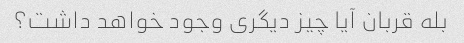
بله قربان آیا چیز دیگری وجود خواهد داشت؟